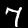
Label: 7